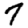
Digit: 7